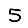
Digit: 5